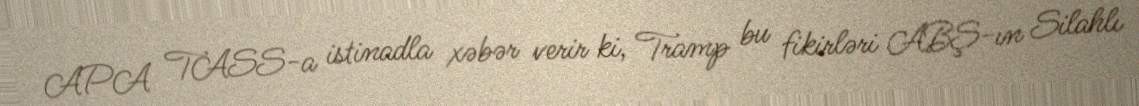
APA TASS-a istinadla xəbər verir ki, Tramp bu fikirləri ABŞ-ın Silahlı